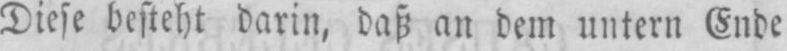
Diese besteht darin, daß an dem untern Ende